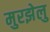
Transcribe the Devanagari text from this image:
मुरझेलु